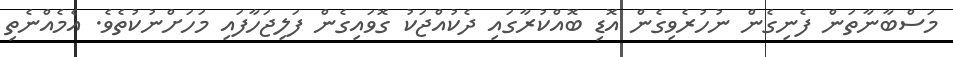
މަސްބާނާތަން ފެނިގެން ނުހުރެވިގެން އޮޑި ބޮއްކުރާގައި ދެކުއްޖަކު ގޮވައިގެން ފަލިޖަހާފައި މަހަށްނުކުތެވެ. އެމެއްނެތި